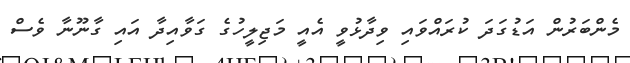
މެންބަރުން އަޑުގަދަ ކުރައްވައި ވިދާޅުވީ އެއީ މަޖިލީހުގެ ގަވާއިދާ އައި ގާނޫނާ ވެސް